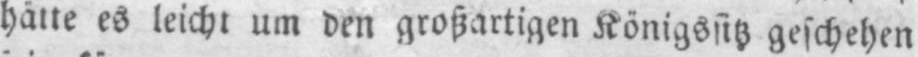
hätte es leicht um den großartigen Königssitz geschehen